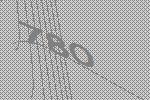
780